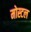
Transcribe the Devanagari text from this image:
मोस्टल